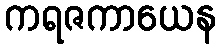
ကရဇကာယေန